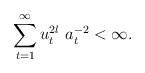
LaTeX: \begin{align*} \sum_{t=1}^{\infty} u_t^{2l}~ a_t^{-2} <\infty.\end{align*}